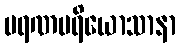
မရဏပရိယောသာနာ